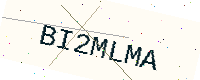
Text: BI2MLMA